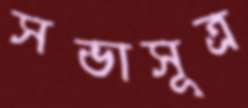
সভাসূত্র